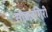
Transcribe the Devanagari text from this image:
सोन्नलगिरी